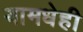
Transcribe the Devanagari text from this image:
यामधेही